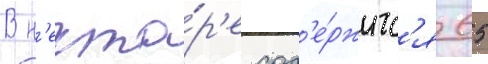
В н'екта́р'е сод'е́ржитс'я 65